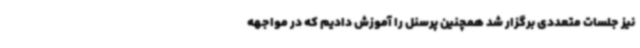
نیز جلسات متعددی برگزار شد همچنین پرسنل را آموزش دادیم که در مواجهه